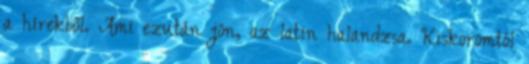
a hírekből. Ami ezután jön, az latin halandzsa. Kiskoromtól